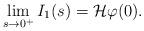
LaTeX: \begin{align*}\lim_{s\to 0^+}I_1(s)=\mathcal{H}\varphi(0).\end{align*}